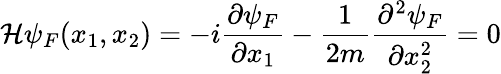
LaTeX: {\cal H}\psi_{F}(x_{1},x_{2})=-i\frac{\partial\psi_{F}}{\partial x_{1}}-\frac{1}{2m}\frac{\partial^{2}\psi_{F}}{\partial x_{2}^{2}}=0